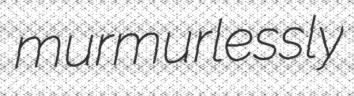
murmurlessly